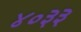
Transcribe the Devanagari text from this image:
४०३३